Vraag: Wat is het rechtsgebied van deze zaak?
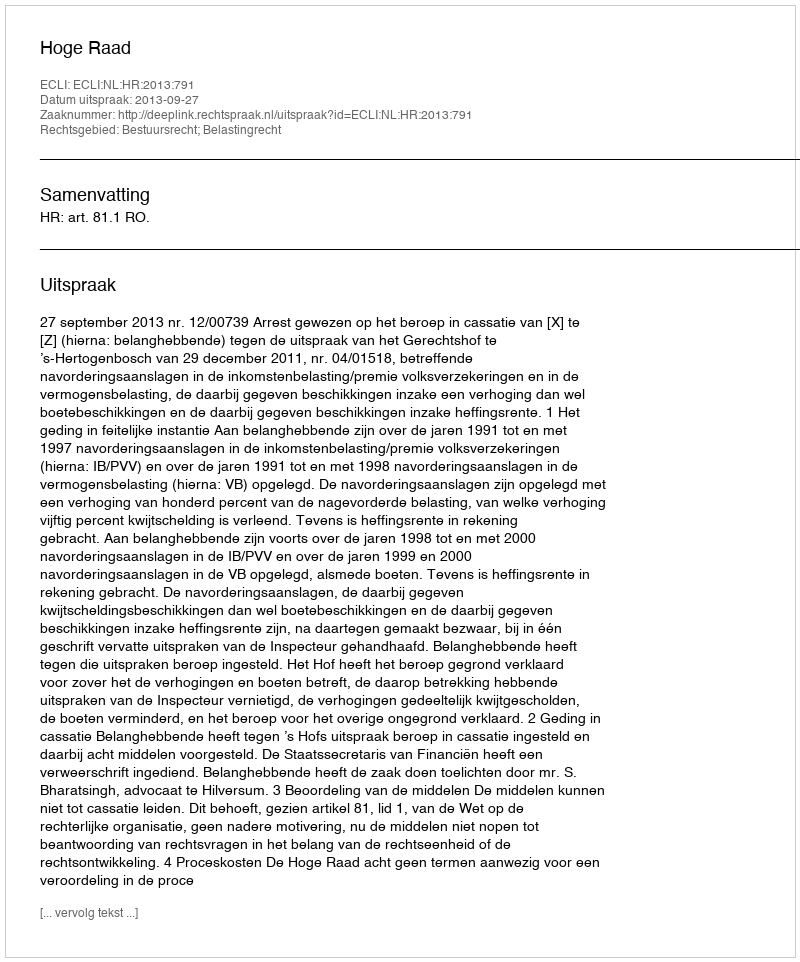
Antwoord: Bestuursrecht; Belastingrecht